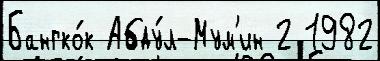
Бангко́к Абду́л-Мум'ин 2 1982